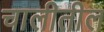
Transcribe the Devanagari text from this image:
चालीतील